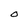
Character: O